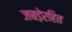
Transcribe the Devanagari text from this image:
जबड़ेरहित